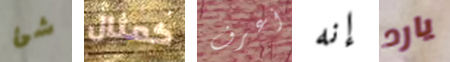
شئ كمثال أعرف إنه يارد